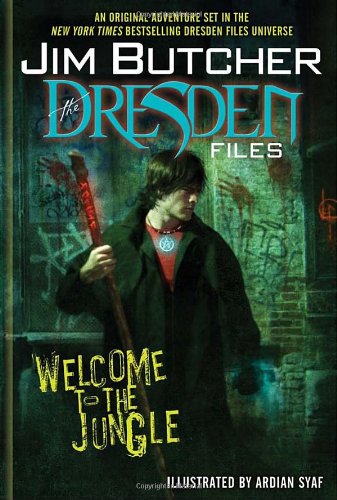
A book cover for The Dresden Files: Welcome to the Jungle; Jim Butcher; Comics & Graphic Novels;